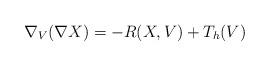
LaTeX: \begin{align*}\nabla_V (\nabla X) = - R(X, V) + T_h (V) \end{align*}